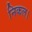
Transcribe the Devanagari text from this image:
निकल।